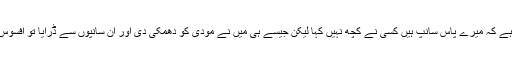
رابی پیرزادہ نے کہا اتنے برسوں تک لوگ دیکھتے رہے کہ میرے پاس سانپ ہیں کسی نے کچھ نہیں کہا لیکن جیسے ہی میں نے مودی کو دھمکی دی اور ان سانپوں سے ڈرایا تو افسوس کی بات ہے کہ میرے خلاف فوراً کارروائی کی گئی۔